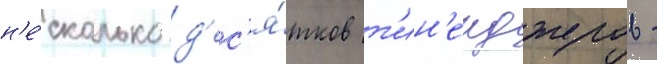
н'е́сколько д'ес'я́тков т'ин'еиджеров -